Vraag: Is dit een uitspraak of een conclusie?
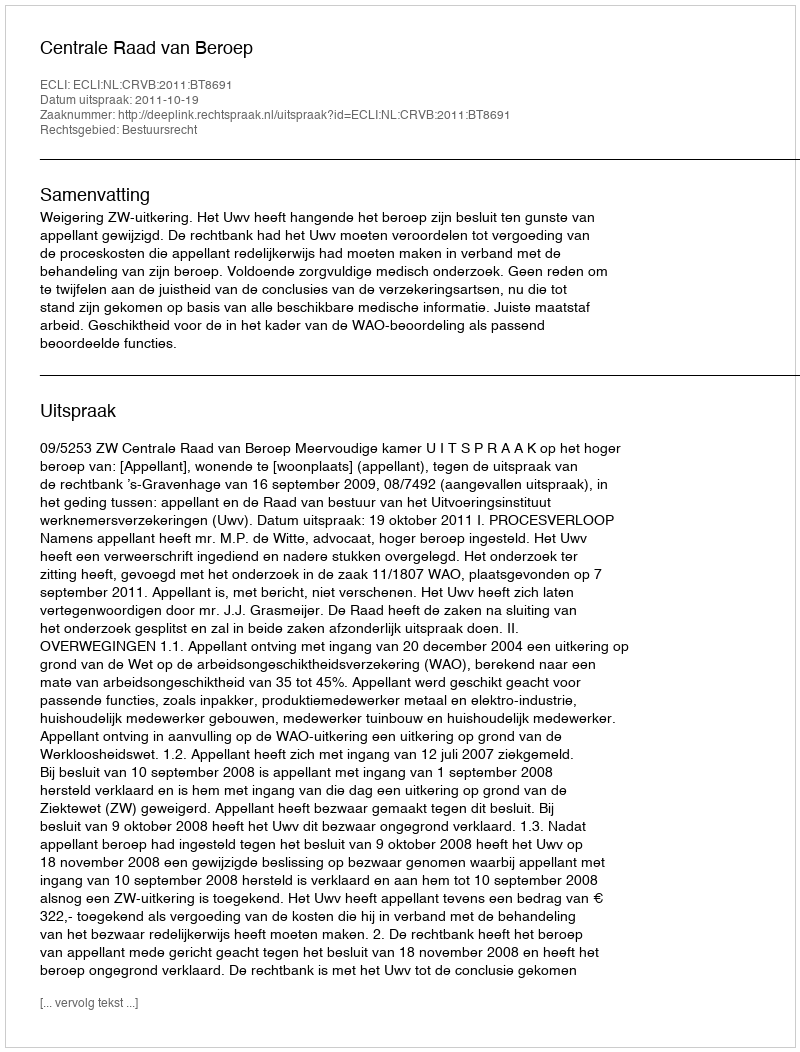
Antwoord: Uitspraak